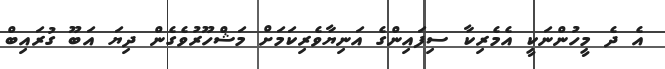
އެ ދެ މީހުންނަކީ އެމެރިކާ ސިފައިންގެ އަނިޔާވެރިކަމަށް މަޝްހޫރުވެގެން ދިޔަ އަބޫ ގުރައިބް